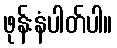
ဖုန်းနံပါတ်ပါ။